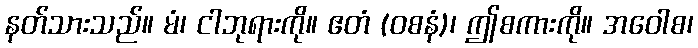
နတ်သားသည်။ မံ၊ ငါဘုရားကို။ ဧတံ (ဝစနံ)၊ ဤစကားကို။ အဝေါစ၊